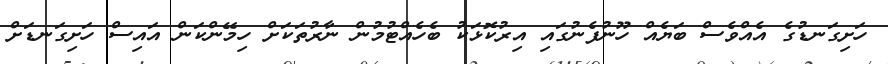
ހަށިގަނޑުގެ އެއްވެސް ބަޔެއް ހޫނުފެނުގައި އިރުކޮޅަކު ބެހެއްޓުމުން ނާރުތަކަަށް ހިމޭންކަން އައިސް ހަށިގަނޑަށް